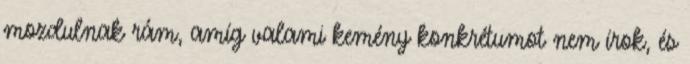
mozdulnak rám, amíg valami kemény konkrétumot nem írok, és